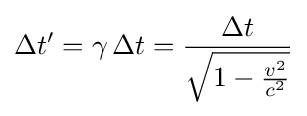
\Delta t'=\gamma \,\Delta t={\frac {\Delta t}{\sqrt {1-{\frac {v^{2}}{c^{2}}}}}}